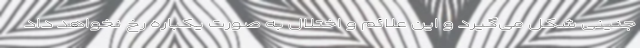
جنینی شکل می‌گیرد و این علائم و اختلال به صورت یکباره رخ نخواهد داد